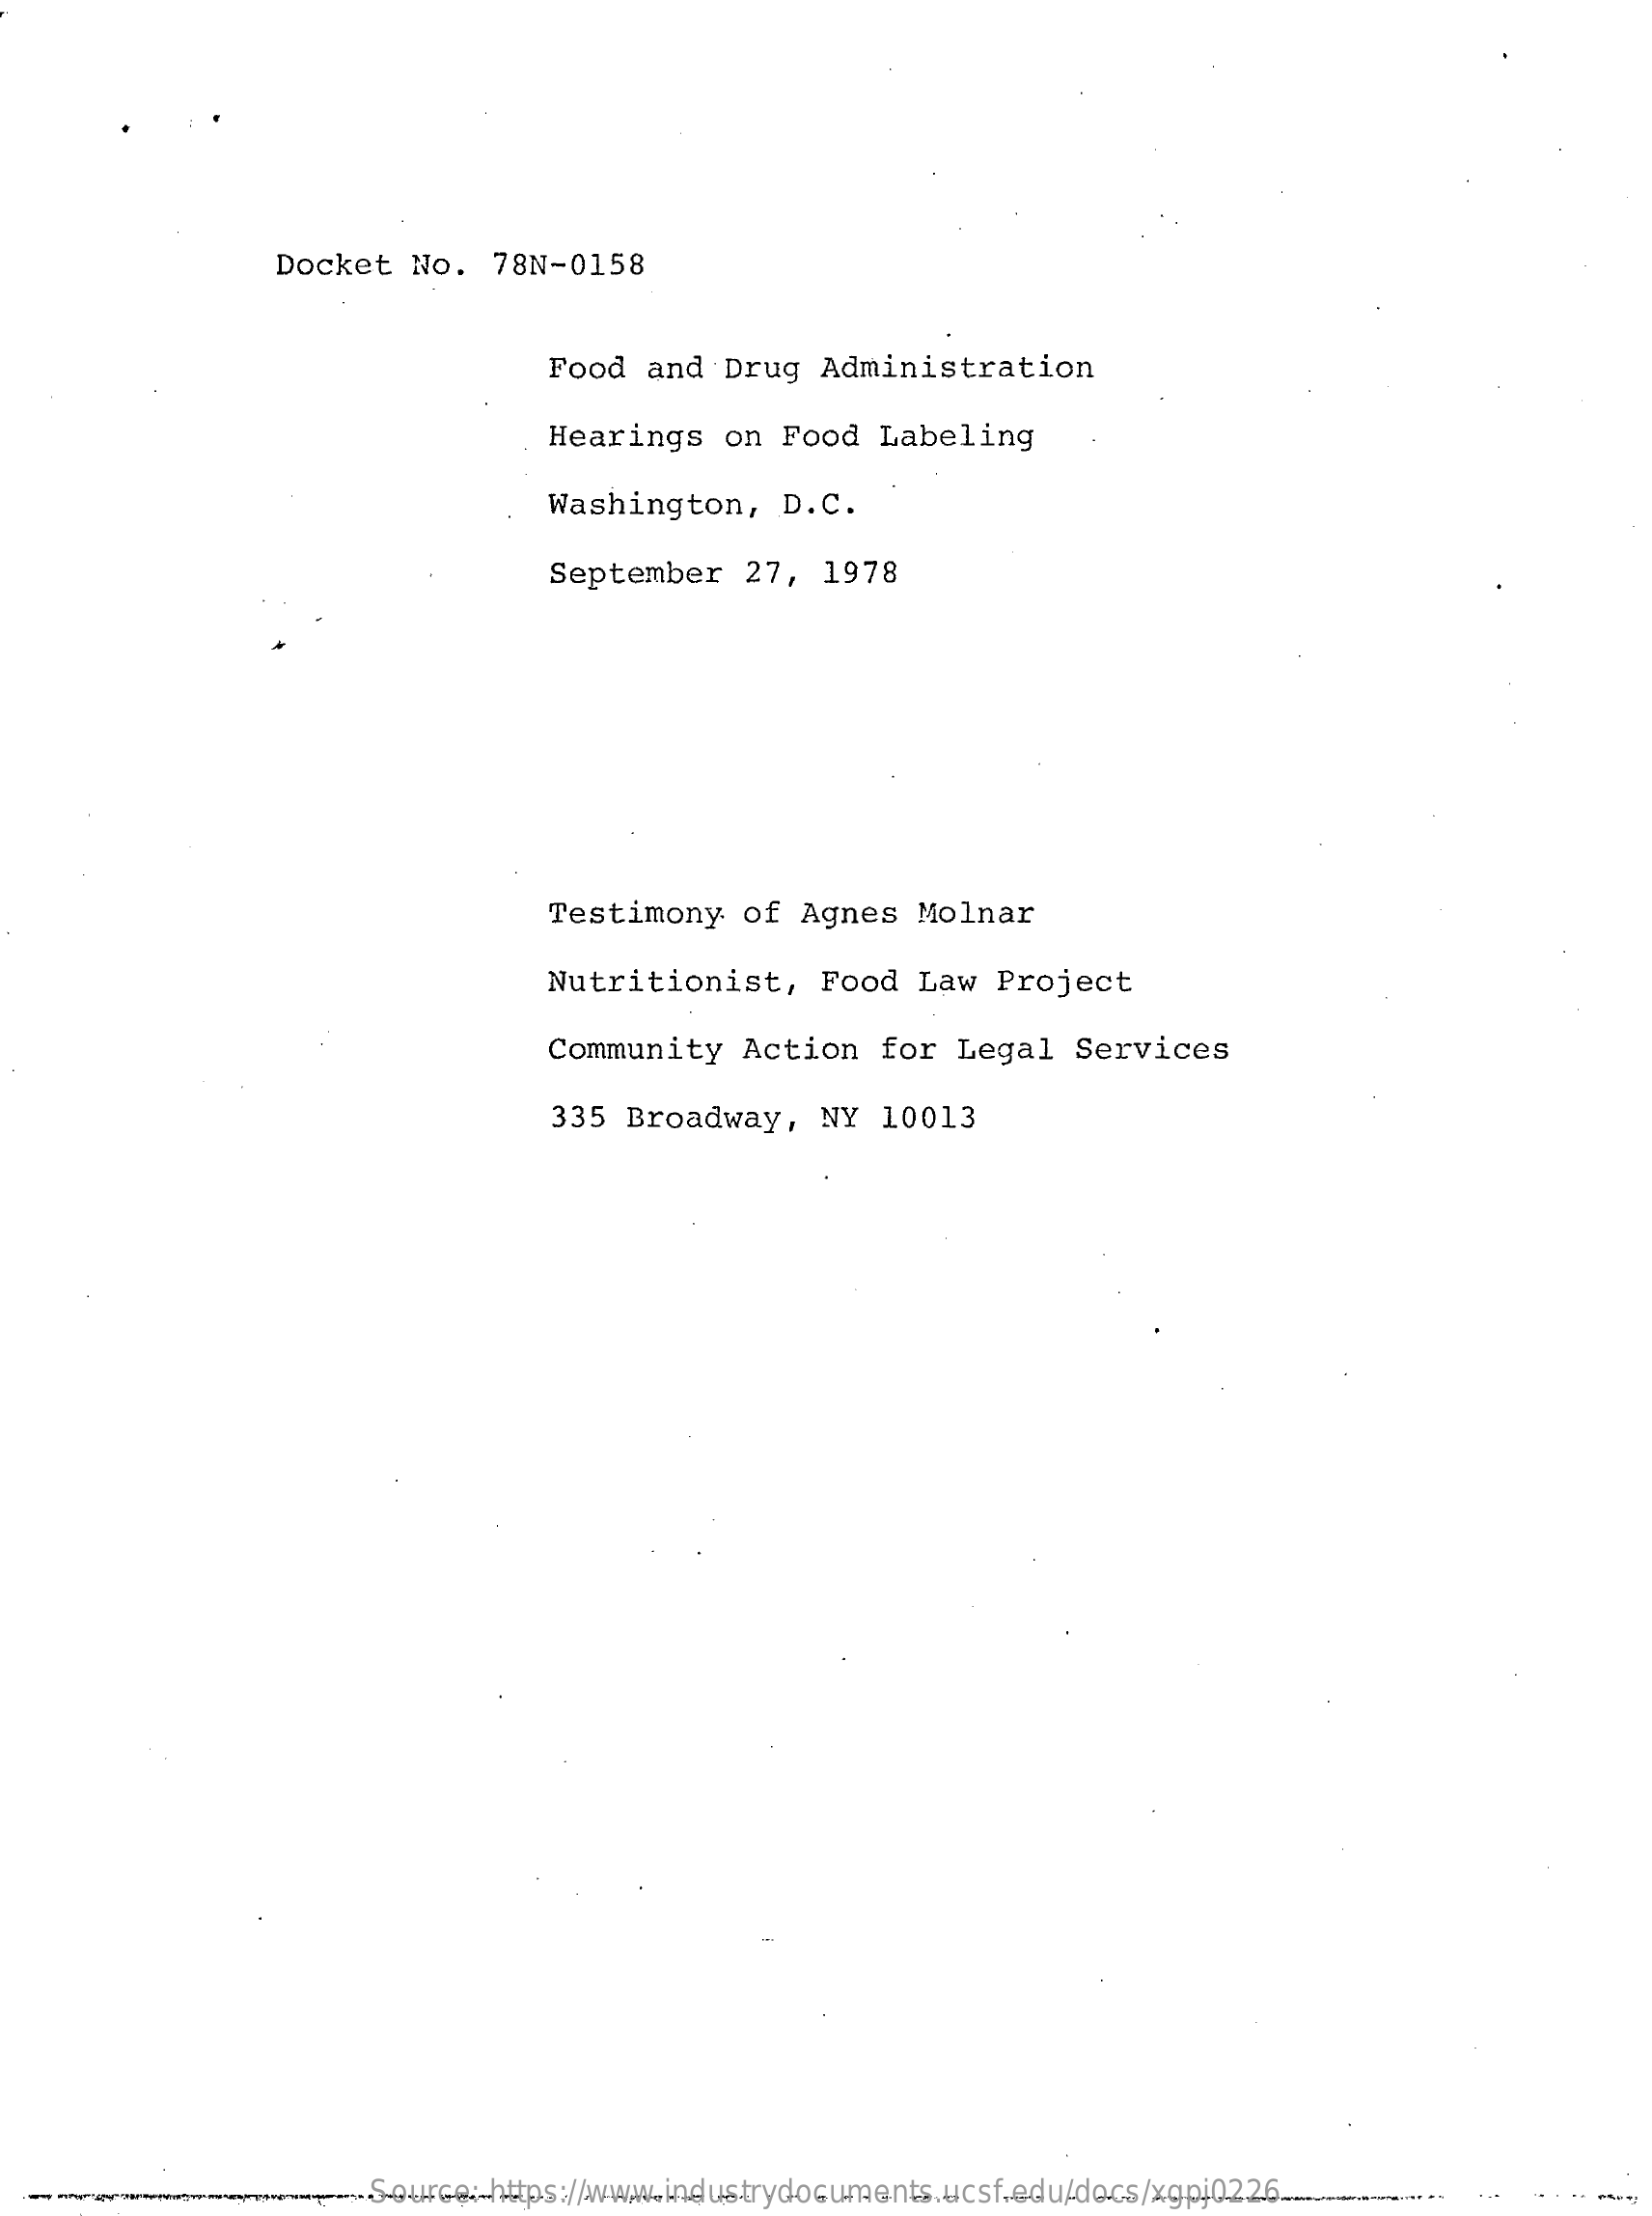
Docket   No.  78N-0158
     Food  and  Drug  Administration
     Hearings   on  Food  Labeling
     Washington,    D.C.
     September   27,  1978
     Testimony   of  Agnes  Molnar
     Nutritionist,    Food   Law  Project
     Community   Action   for  Legal   Services
     335  Broadway,   NY  10013
     Source: https://www.industrydocuments.ucsf.edu/docs/xgpj0226